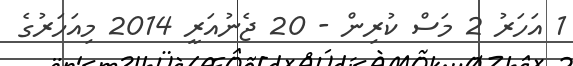
1 އަހަރު 2 މަސް ކުރިން - 20 ޖެނުއަރީ 2014 މިއަހަރުގެ